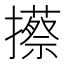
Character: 攃